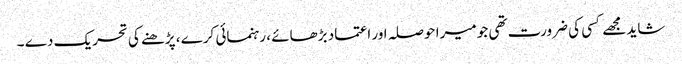
شاید مجھے کسی کی ضرورت تھی جو میرا حوصلہ اور اعتماد بڑھائے ، رہنمائی کرے ، پڑھنے کی تحریک دے ۔